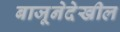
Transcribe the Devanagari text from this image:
बाजूनेदेखील